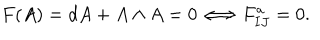
F ( A ) = d A + A \wedge A = 0 \Longleftrightarrow F _ { I J } ^ { a } = 0 .